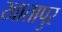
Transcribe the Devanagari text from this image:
खातापुर